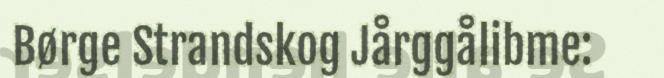
Børge Strandskog Jårggålibme: